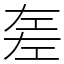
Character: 𢀡